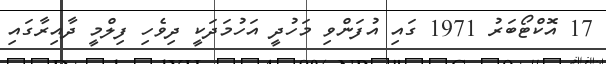
17 އޮކްޓޯބަރު 1971 ގައި އުފަންވި މަހުދީ އަހުމަދަކީ ދިވެހި ފިލްމީ ދާއިރާގައި